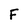
Character: F